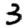
Digit: 3